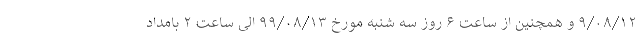
۹/۰۸/۱۲ و همچنین از ساعت ۶ روز سه شنبه مورخ ۹۹/۰۸/۱۳ الی ساعت ۲ بامداد